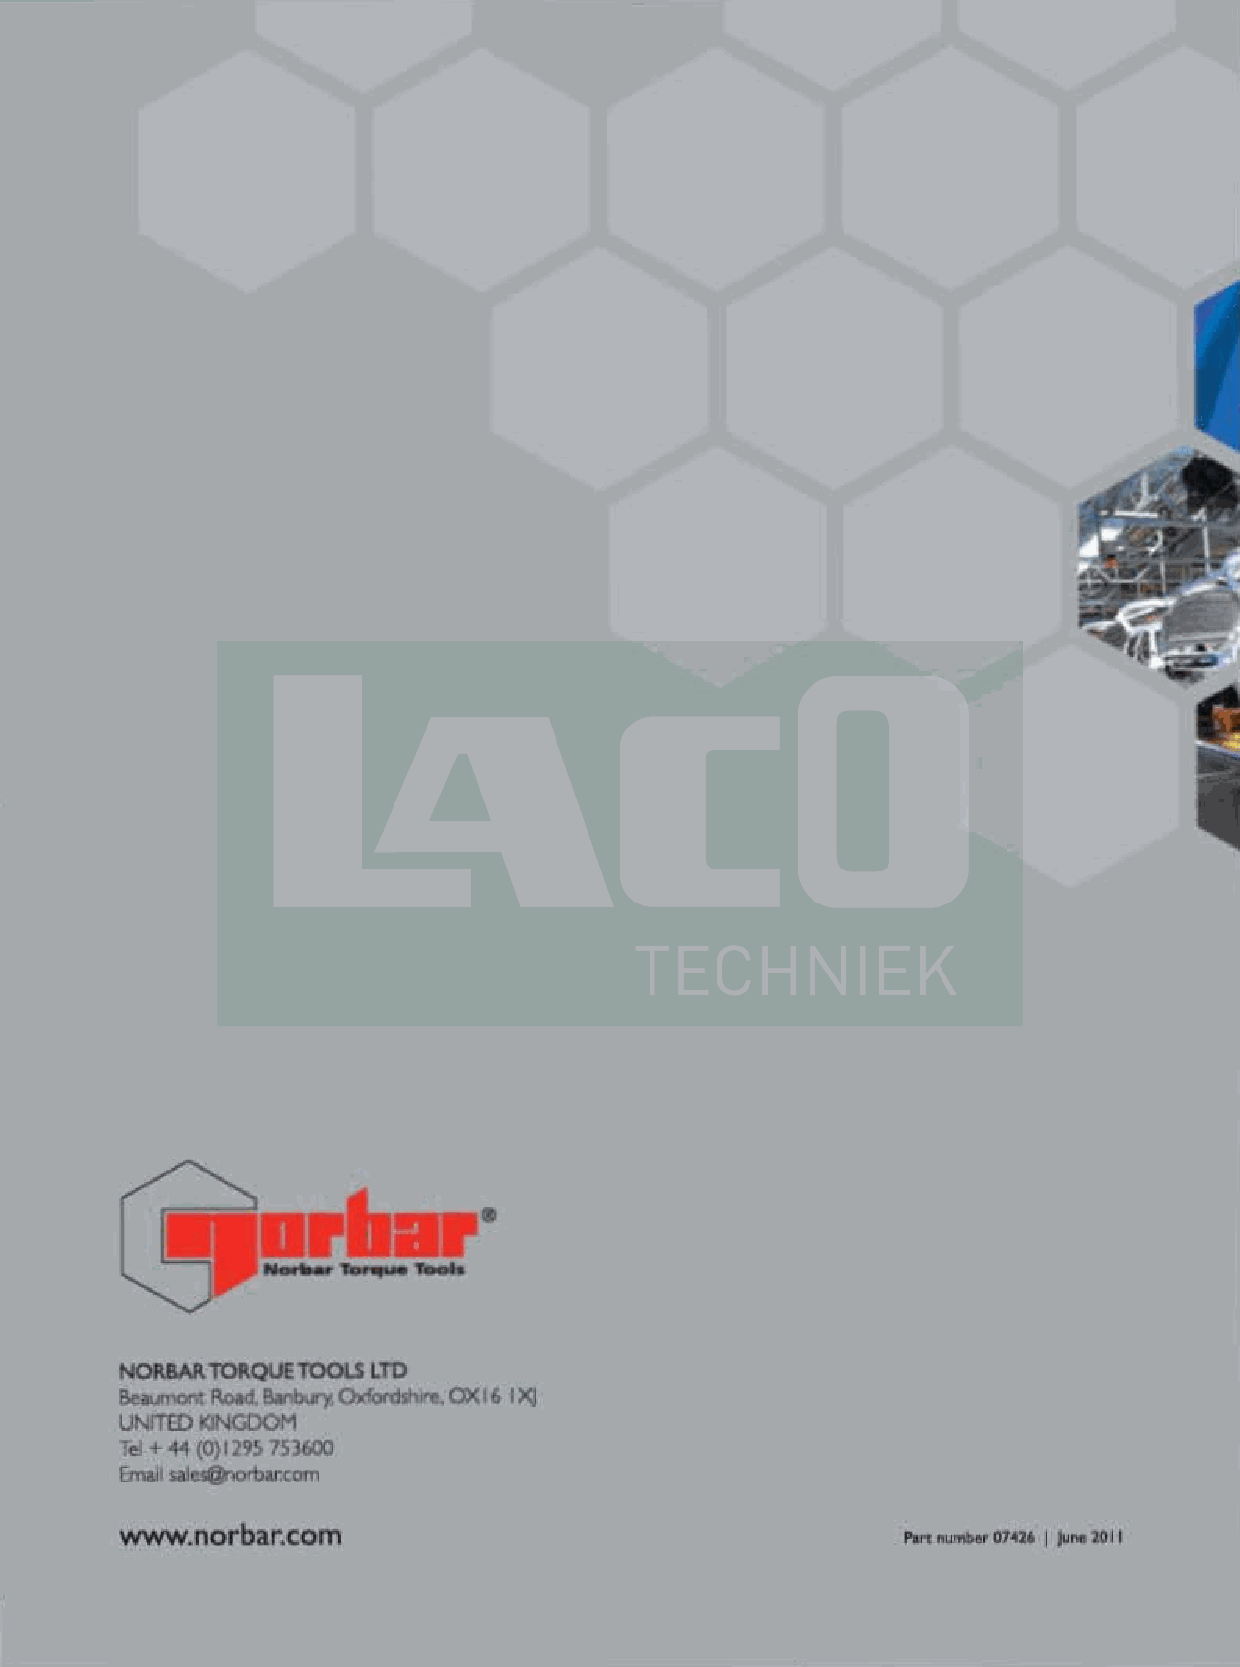
NORBAA 1011.QUETOOLS LTO
 ee.umom Road. 8Af,bury. OJ<fonllhirc. ax 16 1X J
 UNITtO "JNGOOM
 rel + +! (0) 129~ 753600
 E:maJ' s,ales@rlort>arcorn
 www.norbar.com                                      Partnumber 0142' 1 ju"9 2011